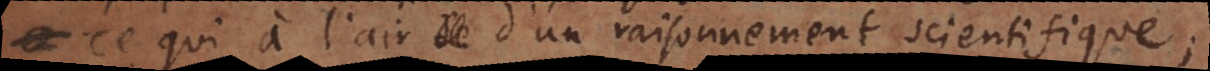
ce qui a l’air d’un raisonnement scientifique;